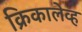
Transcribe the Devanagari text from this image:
क्रिकालेव्ह